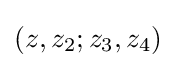
(z,z_{2};z_{3},z_{4})